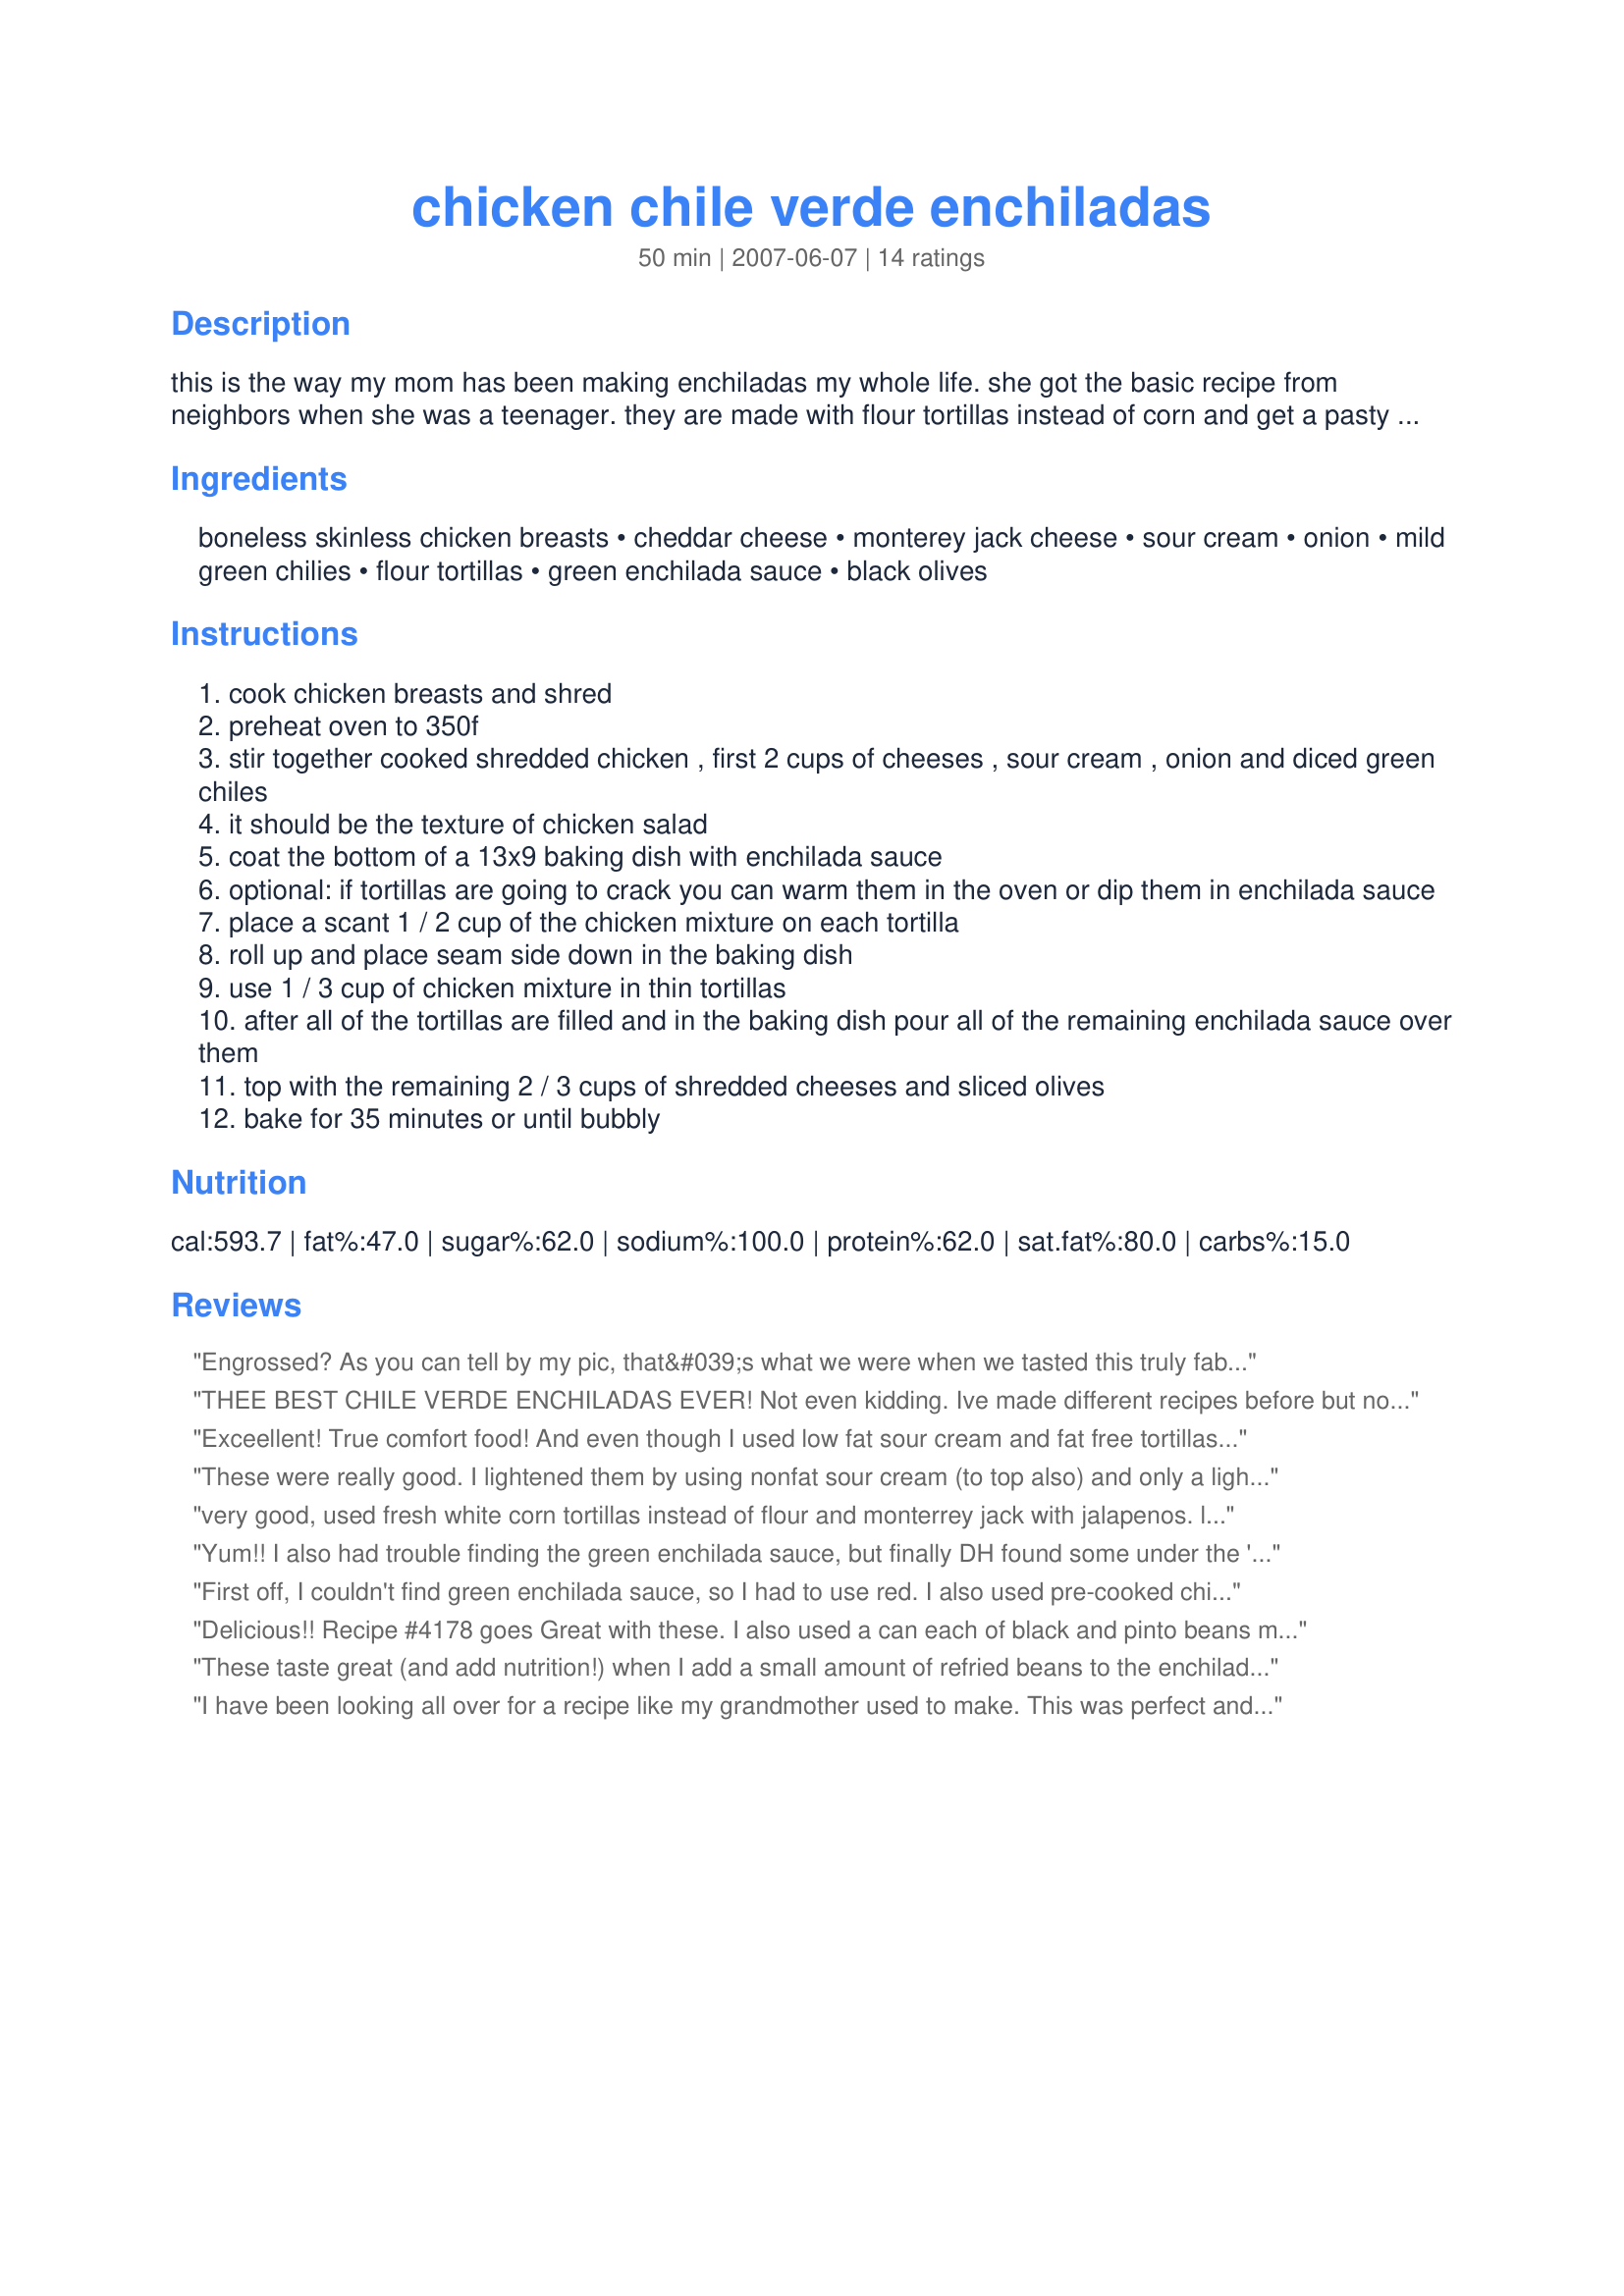
chicken chile verde enchiladas
Preparation time: 50 minutes

this is the way my mom has been making enchiladas my whole life. she got the basic recipe from neighbors when she was a teenager. they are made with flour tortillas instead of corn and get a pasty texture which we enjoy. we always eat this with recipe#195501 for a nice unhealthy comfort food meal. my mom has also frozen these alongside the rice chile verde in aluminum containers...they bake up great in the oven!

Ingredients:
boneless skinless chicken breasts, cheddar cheese, monterey jack cheese, sour cream, onion, mild green chilies, flour tortillas, green enchilada sauce, black olives

Steps:
cook chicken breasts and shred
preheat oven to 350f
stir together cooked shredded chicken , first 2 cups of cheeses , sour cream , onion and diced green chiles
it should be the texture of chicken salad
coat the bottom of a 13x9 baking dish with enchilada sauce
optional: if tortillas are going to crack you can warm them in the oven or dip them in enchilada sauce
place a scant 1 / 2 cup of the chicken mixture on each tortilla
roll up and place seam side down in the baking dish
use 1 / 3 cup of chicken mixture in thin tortillas
after all of the tortillas are filled and in the baking dish pour all of the remaining enchilada sauce over them
top with the remaining 2 / 3 cups of shredded cheeses and sliced olives
bake for 35 minutes or until bubbly

Reviews:
Engrossed? As you can tell by my pic, that&#039;s what we were when we tasted this truly fabulous dish!! Thanks so much for posting! Pardon the missing portions in the pic. We couldn&#039;t wait!
THEE BEST CHILE VERDE ENCHILADAS EVER! Not even kidding. Ive made different recipes before but none had the flavor these do! Thank you thank you! I will definitely be making these over and over again!
Exceellent! True comfort food! And even though I used low fat sour cream and fat free tortillas (I know--sounds awful, but the fat free tortillas--house brand at Whole Foods--are really great for quesadillas and for this recipe), the enchiladas are rich and satisfying. I did bake them without the olives and served the olives on the side (to satisfy the olive hater in the bunch). Great recipe!
These were really good. I lightened them by using nonfat sour cream (to top also) and only a light sprinkling of cheese on top. I cooked the chicken in the crock pot and sauteed the onion in a little olive oil, along with a few cloves of garlic. Tasty!
very good, used fresh white corn tortillas instead of flour and monterrey jack with jalapenos. left off olives due to personal preference. sauteed the onions and the green chilis together because i'm not crazy about crunchy onions with chicken. this dish was very yum, and and is going in my favorites cookbook. thanks, engrossed
Yum!! I also had trouble finding the green enchilada sauce, but finally DH found some under the 'Las Palmas' label. These were easy to make and very good. I microwaved each tortilla for about 10 seconds to make the rolling a little easier. I ended up with a little filling leftover and tried it on a slice of baguette - very good too, lol. Thanks Engrossed for one that we will definitely repeat!
First off, I couldn't find green enchilada sauce, so I had to use red. I also used pre-cooked chicken from the meat counter, as I was short on time. Even with these changes, these were delicious!! I prepared these for the family I cook for, and they liked them better than the beef enchilada I usually make. But... I'm still on the hunt for the green sauce!!
Delicious!! Recipe #4178 goes Great with these. I also used a can each of black and pinto beans mixed and some rice on the side. Went ahead and used corn tortillas and was soooo pleased that I did. I dont think I would have liked it as much using flour tortiallas. Also added half a sml can cream o chkn soup (didnt need it though!) and all of an 8oz container of sour cream. I filled a 9x13 & 8x8 dish with a few scoops of chicken mix left over for me to eat right then. Yummy! Thanks! keep Jesus.
These taste great (and add nutrition!) when I add a small amount of refried beans to the enchiladas. Just spread a small amount on the tortilla before adding the chicken filling. Yummy!
I have been looking all over for a recipe like my grandmother used to make. This was perfect and my whole family loved it! I would add more cheese on top. (I used a Mexican blend of shredded cheese instead).
Really not many changes to this recipe only a little garlic powder and cayenne added to the sour cream mixture, made for my DS and got rave reviews, thanks for sharing hon!...Kitten:)
Made as directed and found these to be DELICIOUS!!! I will definitely make these again!! Thank you for posting a WONDERFUL recipe, Engrossed!! YUMMY! I love the combination of flavors - total comfort food for me! **Made for Went to Market 2007**
These were very good!!! I made 13 enchiladas, but I only needed two, rather large chicken breasts.
This was a big hit and will be added to my repertoire at least once a month or when I am having ethnic cravings. I used this recipe as a guideline, first I cooked the chicken breasts in chicken stock, 1/2 tsp. ground cumin and a sprig of fresh oregano for about 15 minutes until chicken registered 165 degrees Fahrenheit plus. I allowed cooked chicken breast to cool then shredded using a couple of forks. I added a small amount amount of stock and about 1/2 cup Herdez Mexican cooking sauce Tomatillo Verde. Then I finely diced 1/2 brown onion, finely chopped a small amount of fresh oregano and cilantro (from my herb garden) and mixed with chicken adding finely shredded cheese mixture of Monterey Jack and mild cheddar.&lt;br/&gt;&lt;br/&gt;Step two: heat taco size corn tortillas (I used Mi Ranchito brand), heat tomatillo sauce in skillet then dip heated tortilla in sauce, set tortilla on a plate fill with chicken mixture add additional cheese to taste. Roll tortilla and place in baking dish and repeat until you have the amount of enchiladas needed. Use the sauce in skillet to pour over top of enchiladas, add more cheese to the top and bake. I diced a small amount of jar jalape&ntilde;o for top of my enchiladas.
